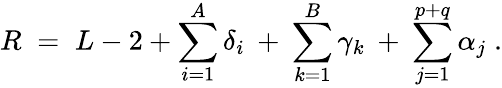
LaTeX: R\; =\; L-2+\sum_{i=1}^{A}\delta_{i}\: +\: \sum_{k=1}^{B}\gamma_{k}\: +\: \sum_{j=1}^{p+q}\alpha_{j}\; .